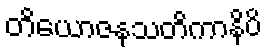
တိယောဇနသတိကာနိပိ